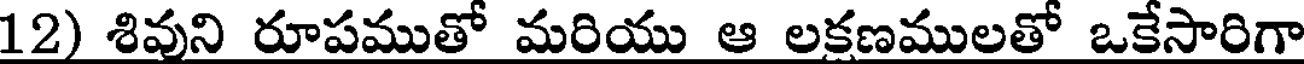
12) శివుని రూపముతో మరియు ఆ లక్షణములతో ఒకేసారిగా